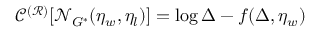
\mathscr { C } ^ { ( \mathcal { R } ) } [ \mathcal { N } _ { G ^ { \ast } } ( \eta _ { w } , \eta _ { l } ) ] = \log \Delta - f ( \Delta , \eta _ { w } )